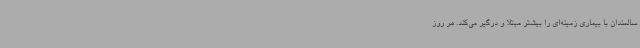
سالمندان با بیماری زمینه‌ای را بیشتر مبتلا و درگیر می‌کند. هر روز